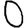
Digit: 0